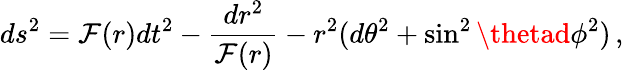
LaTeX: ds^{2}=\mathcal{F}(r)dt^{2}-\frac{{dr^{2}}}{{\mathcal{F}(r)}}-r^{2}(d\theta^{2}+\sin^{2}\thetad\phi^{2})\, ,